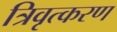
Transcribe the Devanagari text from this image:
त्रिवृत्करण